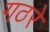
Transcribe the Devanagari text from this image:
गठरे